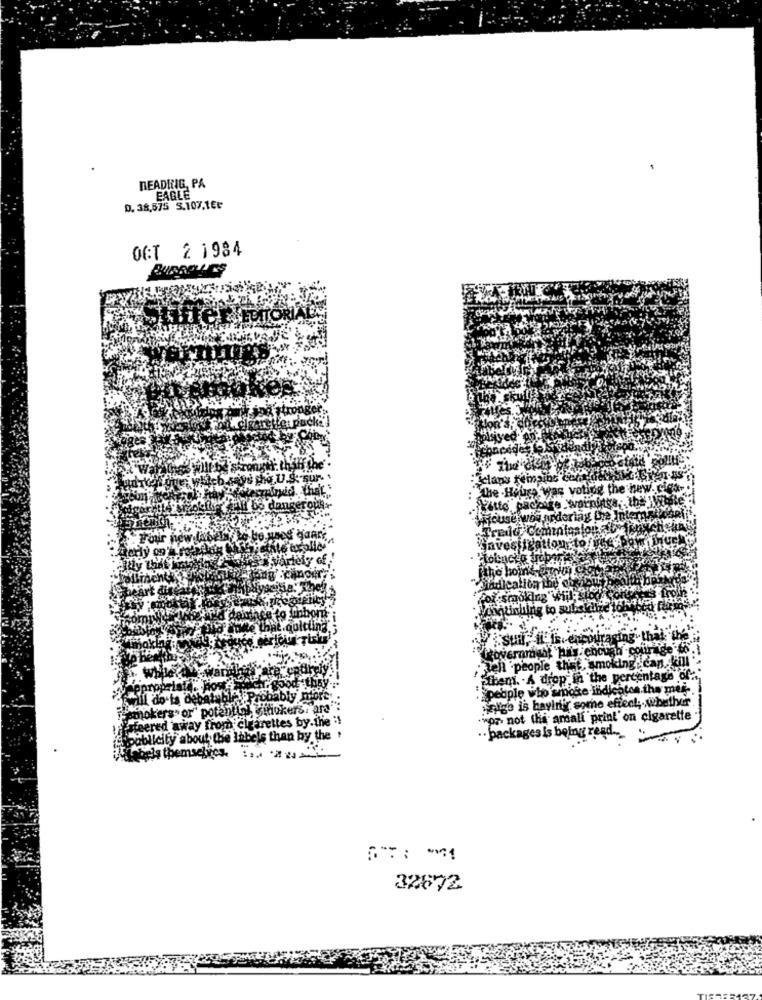
DEADRIG, PA
EAGLE
D. 38,575 5.107,16₺
OCT 2 1984
Was vot
ig the new. cica-
:smoking wijl:
ig to subiekitze't
ing that the
wernracht ha's enough courage to
en .people that, smoking can kill ">
Stbem. . A drop in the percentage of".
people who smoke indicates.the mis-
il do-ts debe
obably m
salige is bayinir some effect; whether.
nokers. or' potential gitiukers. ara"
steered away from cigarettes by.the :!
.wor. not the amali print' on cigarette
publicity about the Inbels than by the !
.. packages is being read ... .
Ba themselves. ... ....
32672